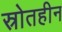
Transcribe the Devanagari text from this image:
स्रोतहीन